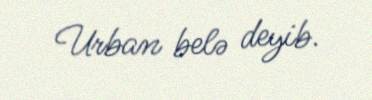
Urban belə deyib.